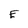
Character: E